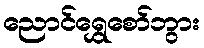
ညောင်ရွှေစော်ဘွား